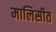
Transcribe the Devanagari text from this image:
मालिसीत